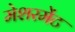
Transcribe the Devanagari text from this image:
मेशरमेंट